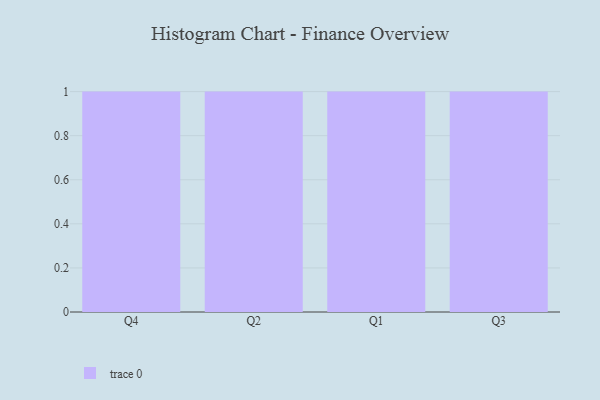
{"axis": {"x": "Quarter", "y": "Churn Rate (%)"}, "legend": [""], "data": [{"x": "Q4", "y": 80, "type": ""}, {"x": "Q2", "y": 95, "type": ""}, {"x": "Q1", "y": 63, "type": ""}, {"x": "Q3", "y": 11, "type": ""}]}